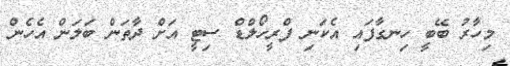
މިހާރު ބޭބީ ހިނގާފައި އެކަނި ފްރީހޯލްޑް ސިޓީ އަށް ދާތަން ބަލަން އެހެން